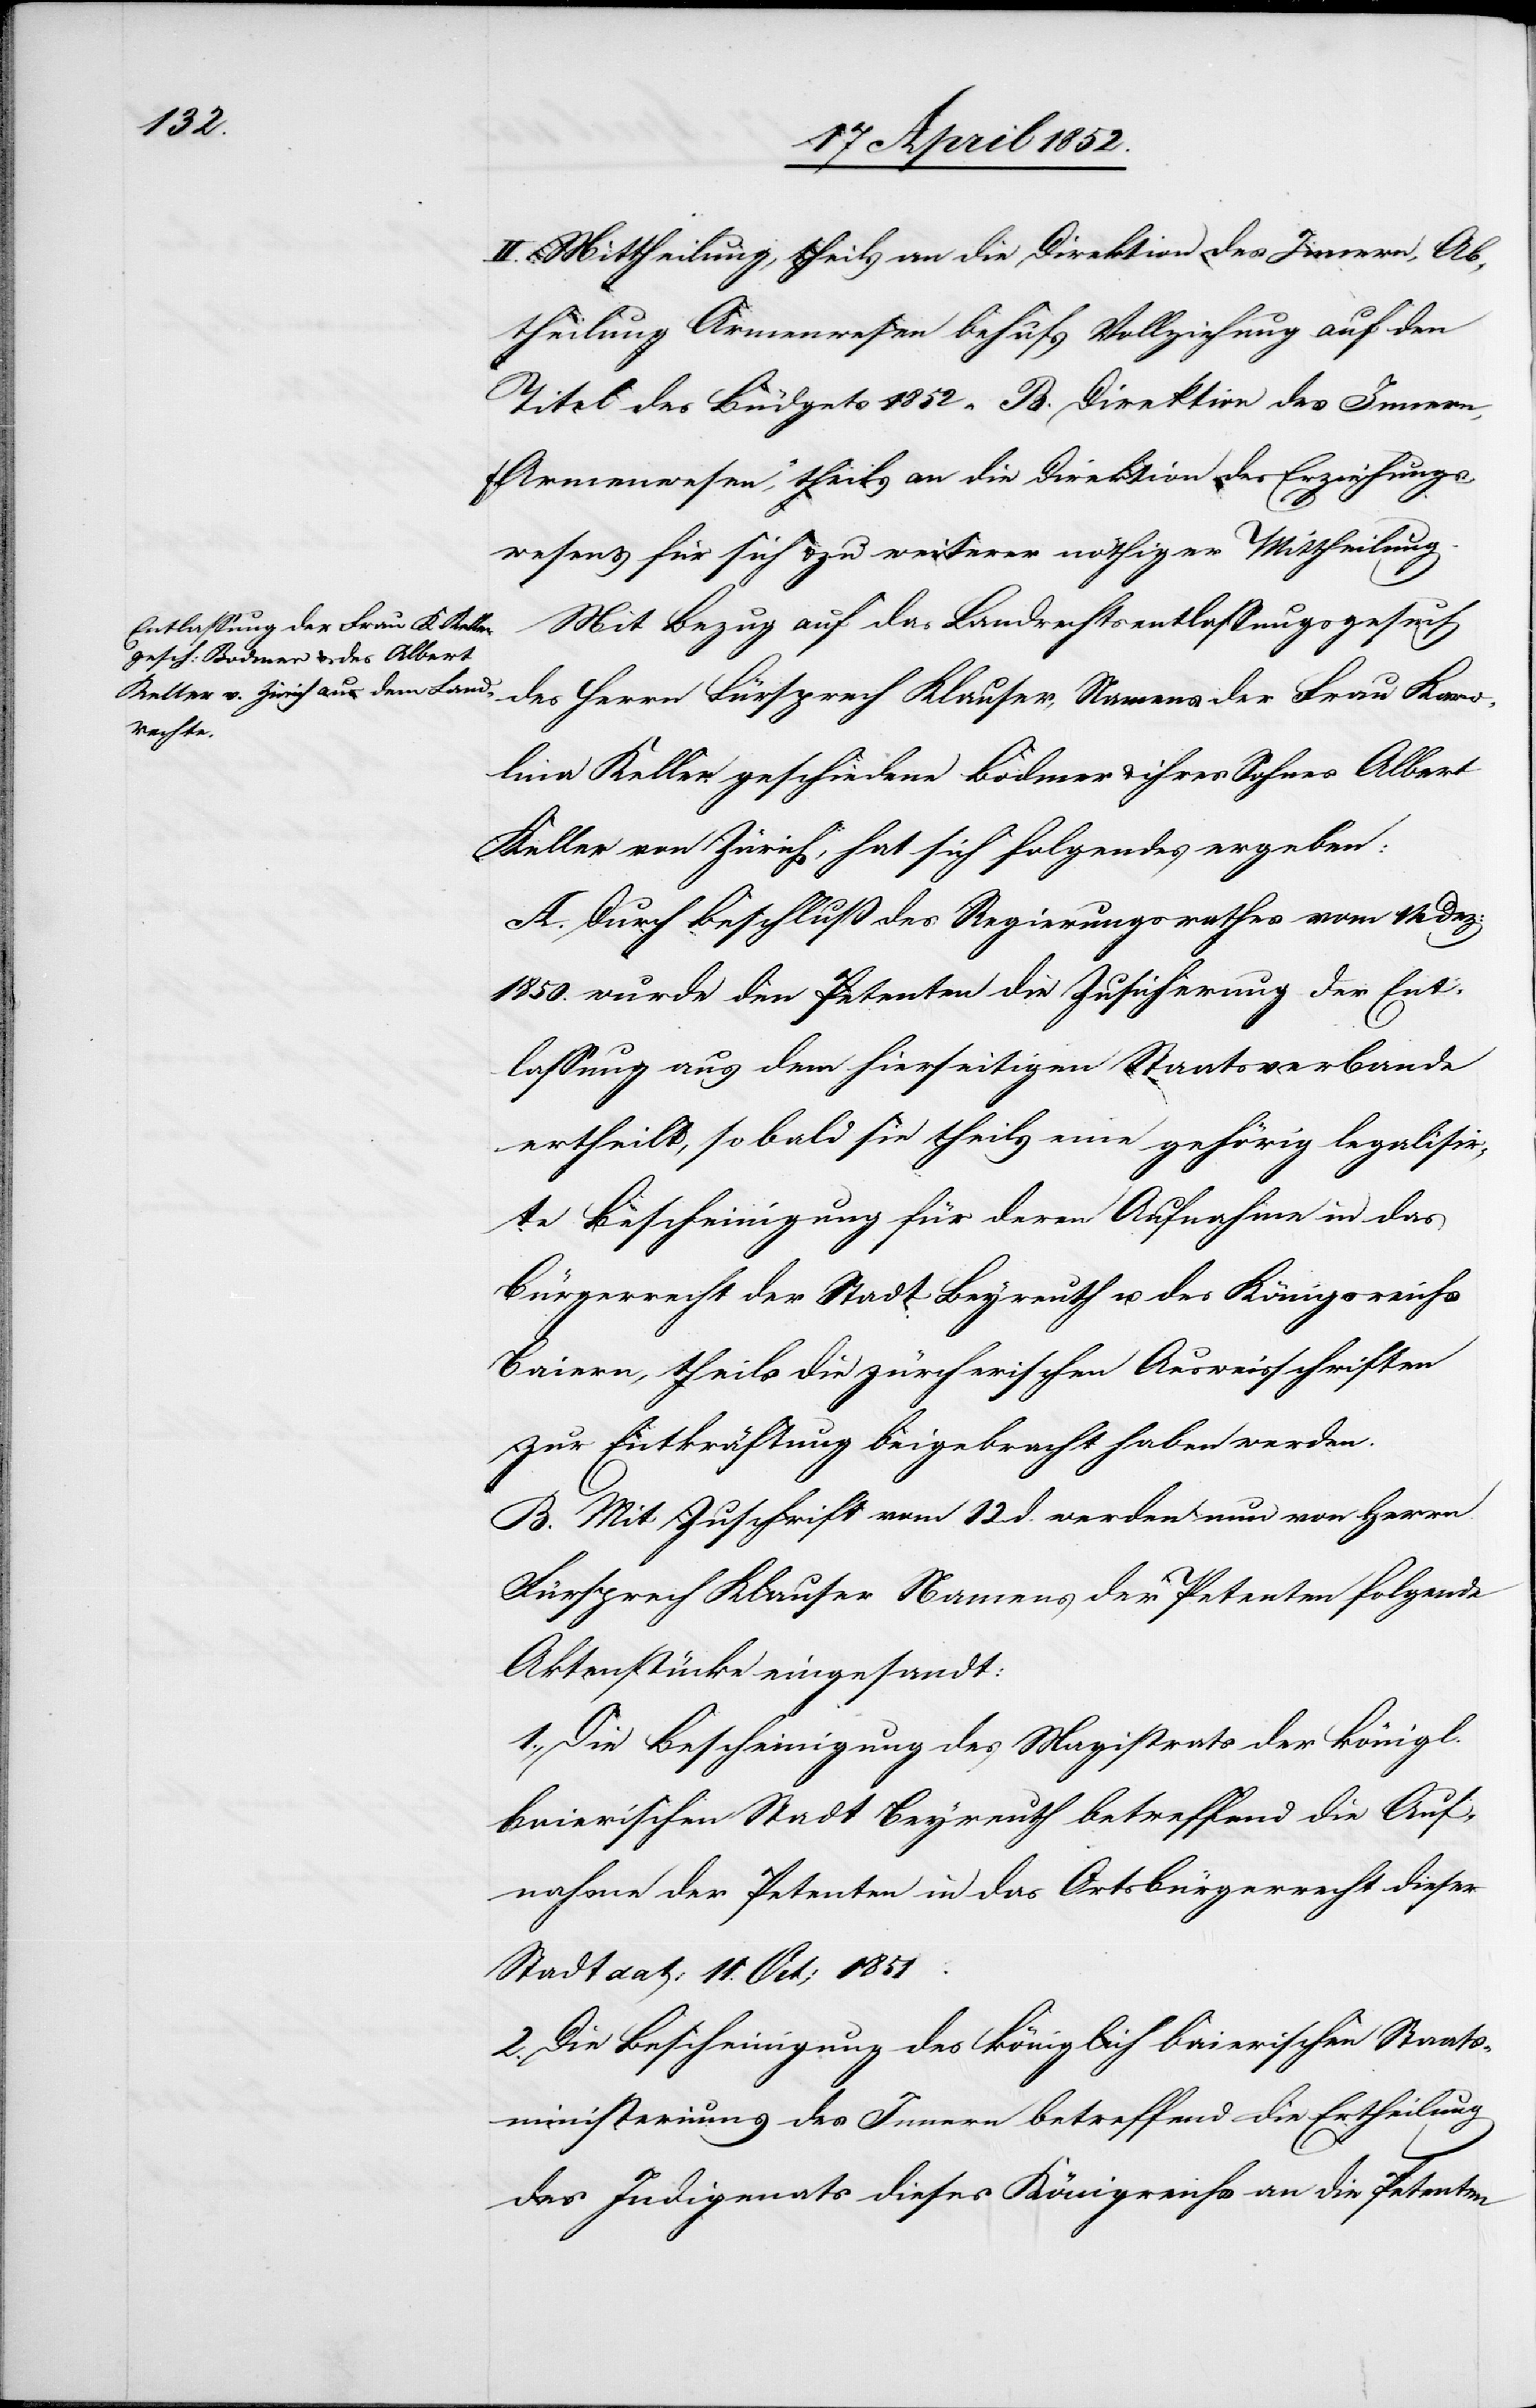
II. Mittheilung, theils an die Direktion des Innern, Ab¬
theilung Armenwesen behufs Vollziehung auf den
Titel des Büdgets 1852 „B. Direktion des Innern,
Armenwesen“, theils an die Direktion des Erziehungs¬
wesens für sich & zu weiterer nöthiger Mittheilung.
Mit Bezug auf das Landrechtsentlassungsgesuch
des Herrn Fürsprech Klauser, Namens der Frau Karo¬
lina Keller geschiedene Bodmer & ihres Sohnes Albert
Keller von Zürich, hat sich folgendes ergeben:
A. Durch Beschluß des Regierungsrathes vom 14 Dez:
1850. wurde den Petenten die Zusicherung der Ent¬
lassung aus dem hierseitigen Staatsverbande
ertheilt, so bald sie theils eine gehörig legalisir¬
te Bescheinigung für deren Aufnahme in das
Bürgerrecht der Stadt Beyreuth u. des König[?s]reichs
Baiern, theils die zürcherischen Ausweisschriften
zur Entkräftung beigebracht haben werden.
B. Mit Zuschrift vom 12 d. werden nun von Herrn
Fürsprech Klauser Namens der Petenten folgende
Aktenstücke eingesandt:
1., Die Bescheinigung des Magistrats der königl.
baierischen Stadt Beyreuth betreffend die Auf¬
nahme der Petenten in das Ortsbürgerrecht dieser
Stadt dat: 11. Oct; 1851.
2. Die Bescheinigung des königlich baierischen Staats¬
ministeriums des Innern betreffend die Ertheilung
des Indigenats dieses Königreichs an die Petenten